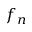
f _ { n }